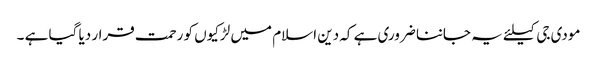
مودی جی کیلئے یہ جاننا ضروری ہے کہ دین اسلام میں لڑکیوں کو رحمت قرار دیا گیا ہے ۔